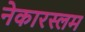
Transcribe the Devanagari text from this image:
नेकारस्लम